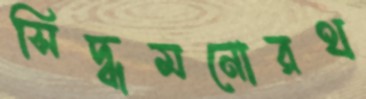
সিদ্ধমনোরথ